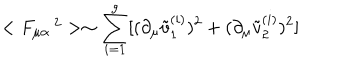
LaTeX: < F _ { \mu \alpha } ^ { \quad 2 } > \sim \sum _ { i = 1 } ^ { g } [ ( \partial _ { \mu } \tilde { v } _ { 1 } ^ { ( i ) } ) ^ { 2 } + ( \partial _ { \mu } \tilde { v } _ { 2 } ^ { ( i ) } ) ^ { 2 } ]